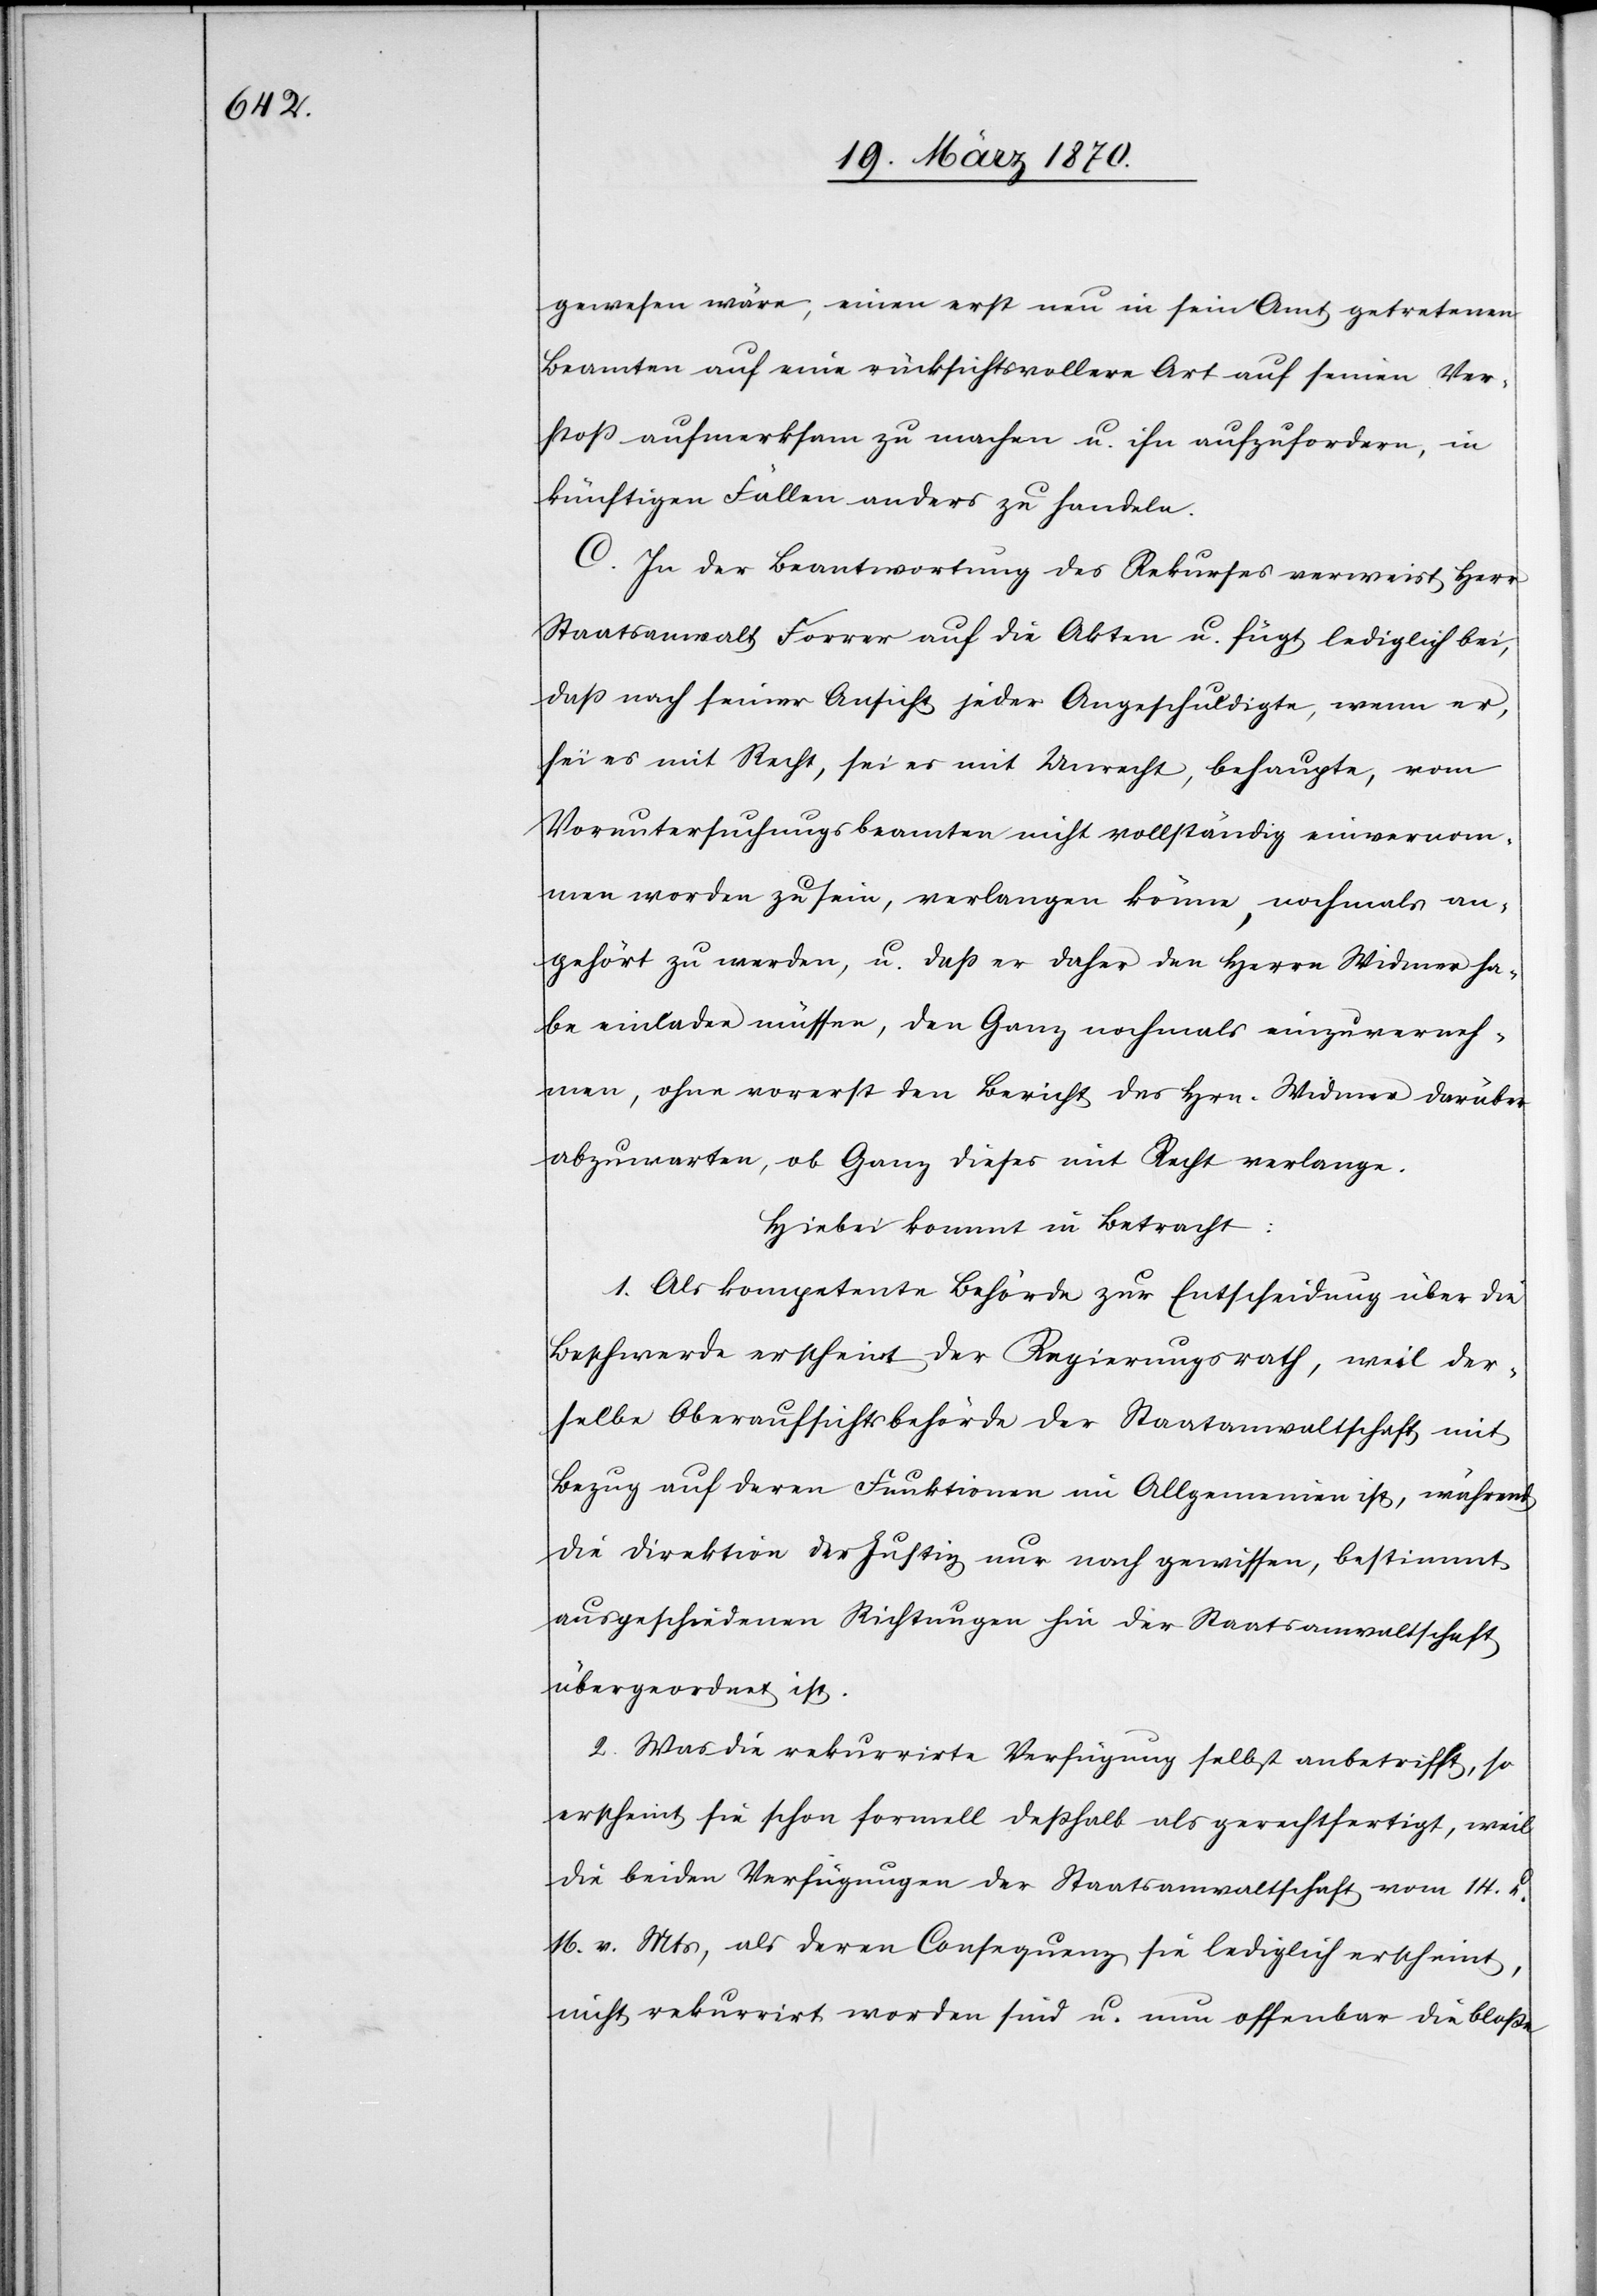
gewesen wäre, einen erst neu in sein Amt getretenen
Beamten auf eine rücksichtsvollere Art auf seinen Ver¬
stoß aufmerksam zu machen u. ihn aufzufordern, in
künftigen Fällen anders zu handeln.
C. In der Beantwortung des Rekurses verweist Herr
Staatsanwalt Forrer auf die Akten u. fügt lediglich bei,
daß nach seiner Ansicht jeder Angeschuldigte, wenn er,
sei es mit Recht, sei es mit Unrecht, behaupte, vom
Voruntersuchungsbeamten nicht vollständig einvernom¬
men worden zu sein, verlangen könne, nochmals an¬
gehört zu werden, u. daß er daher Herrn Widmer ha¬
be einladen müssen, den Ganz nochmals einzuverneh¬
men, ohne vorerst den Bericht des Hrn. Widmer darüber
abzuwarten, ob Ganz dieses mit Recht verlange.
Hiebei kommt in Betracht:
1. Als kompetente Behörde zur Entscheidung über die
Beschwerde erscheint der Regierungsrath, weil der¬
selbe Oberaufsichtsbehörde der Staatsanwaltschaft mit
Bezug auf deren Funktionen im Allgemeinen ist, während
die Direktion der Justiz nur nach gewissen, bestimmt
ausgeschiedenen Richtungen hin der Staatsanwaltschaft
übergeordnet ist.
2. Was die rekurrirte Verfügung selbst anbetrifft, so
erscheint sie schon formell deßhalb als gerechtfertigt, weil
die beiden Verfügungen der Staatsanwaltschaft vom 14. u.
16. v. Mts, als deren Consequenz sie lediglich erscheint,
nicht rekurrirt worden sind u. nun offenbar die bloße